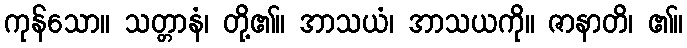
ကုန်သော။ သတ္တာနံ၊ တို့၏။ အာသယံ၊ အာသယကို။ ဇာနာတိ၊ ၏။